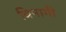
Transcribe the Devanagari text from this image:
बिनागी